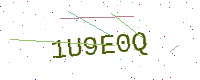
Text: 1U9E0Q